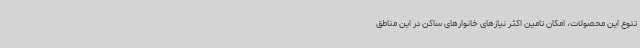
تنوع این محصولات، امکان تامین اکثر نیازهای خانوارهای ساکن در این مناطق